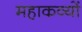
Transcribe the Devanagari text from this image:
महाकव्यों